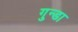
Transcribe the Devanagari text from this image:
गुन्डा